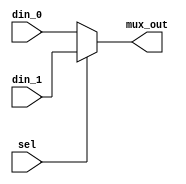
//-----------------------------------------------------
// Design Name : mux_using_assign
// Function    : 2:1 Mux using Assign
// Coder       : Deepak Kumar Tala
//-----------------------------------------------------
module  mux_using_assign(
din_0      , // Mux first input
din_1      , // Mux Second input
sel        , // Select input
mux_out      // Mux output
);
//-----------Input Ports---------------
input din_0, din_1, sel ;
//-----------Output Ports---------------
output mux_out;
//------------Internal Variables--------
wire  mux_out;
//-------------Code Start-----------------
assign mux_out = (sel) ? din_1 : din_0;

endmodule //End Of Module mux